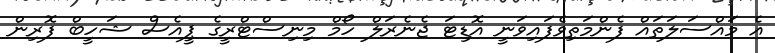
އެ މައްސަލަތައް ފެންމަތިވެފައިވަނީ އޮޑިޓަ ޖެނެރަލް ހޯމް މިނިސްޓްރީގެ ޕީއެސް ޝަހީބް ފޮރިން